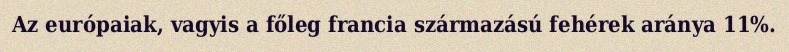
Az európaiak, vagyis a főleg francia származású fehérek aránya 11%.